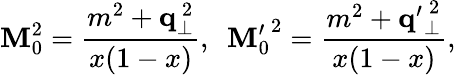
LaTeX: \mathbf{M}_{0}^{2}=\frac{{m^{2}+{\mathbf{q}}_{\bot}^{~2}}}{{x(1-x)}},~~{\mathbf{M}_{0}^{\prime}}^{2}=\frac{{m^{2}+{\mathbf{q}^{\prime}}_{\bot}^{~2}}}{{x(1-x)}},